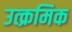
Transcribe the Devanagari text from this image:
उत्क्रमिक